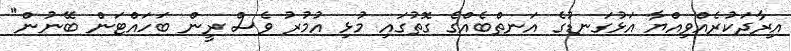
އިރާދަކުރެއްވިއްޔާ އަޅުގަނޑުގެ އަނތްބެއްގެ ގޮތުގައި މުޅި އުމުރު ވެސް ރީން ބަހައްޓަން ބޭނުން"